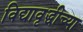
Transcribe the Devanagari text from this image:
विद्यावृद्धीच्या